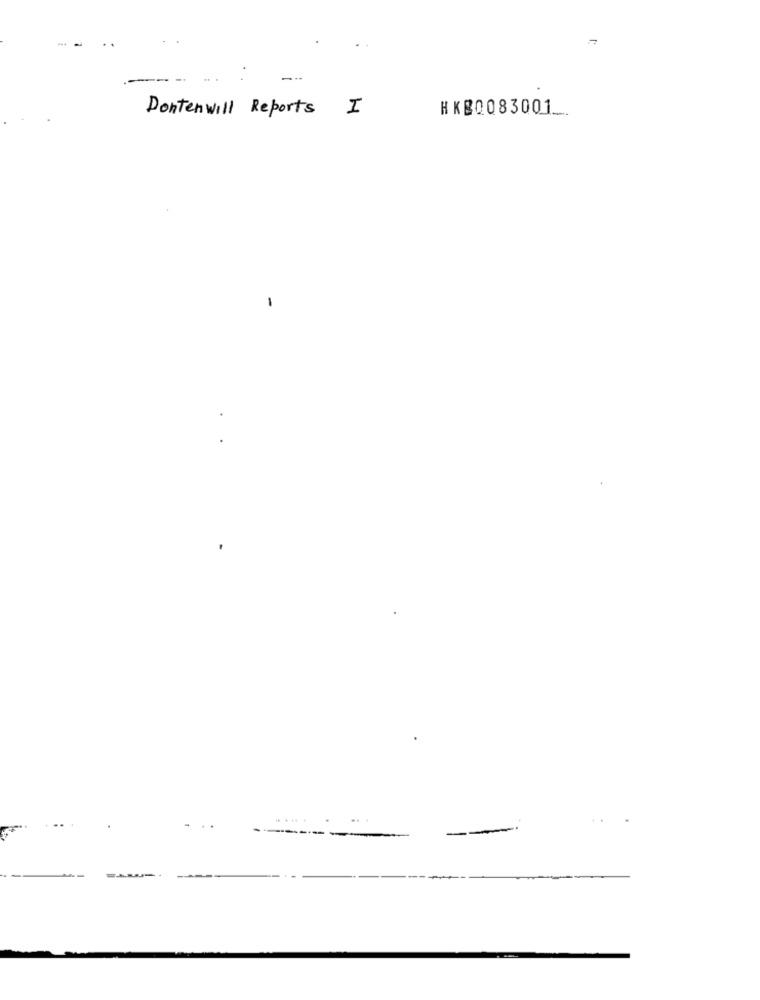
..
--
Dontenwill Reports I
HKg0083001_
-
...